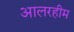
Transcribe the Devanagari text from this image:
आलरहीम